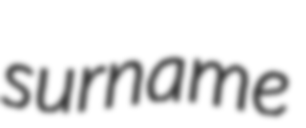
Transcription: surname